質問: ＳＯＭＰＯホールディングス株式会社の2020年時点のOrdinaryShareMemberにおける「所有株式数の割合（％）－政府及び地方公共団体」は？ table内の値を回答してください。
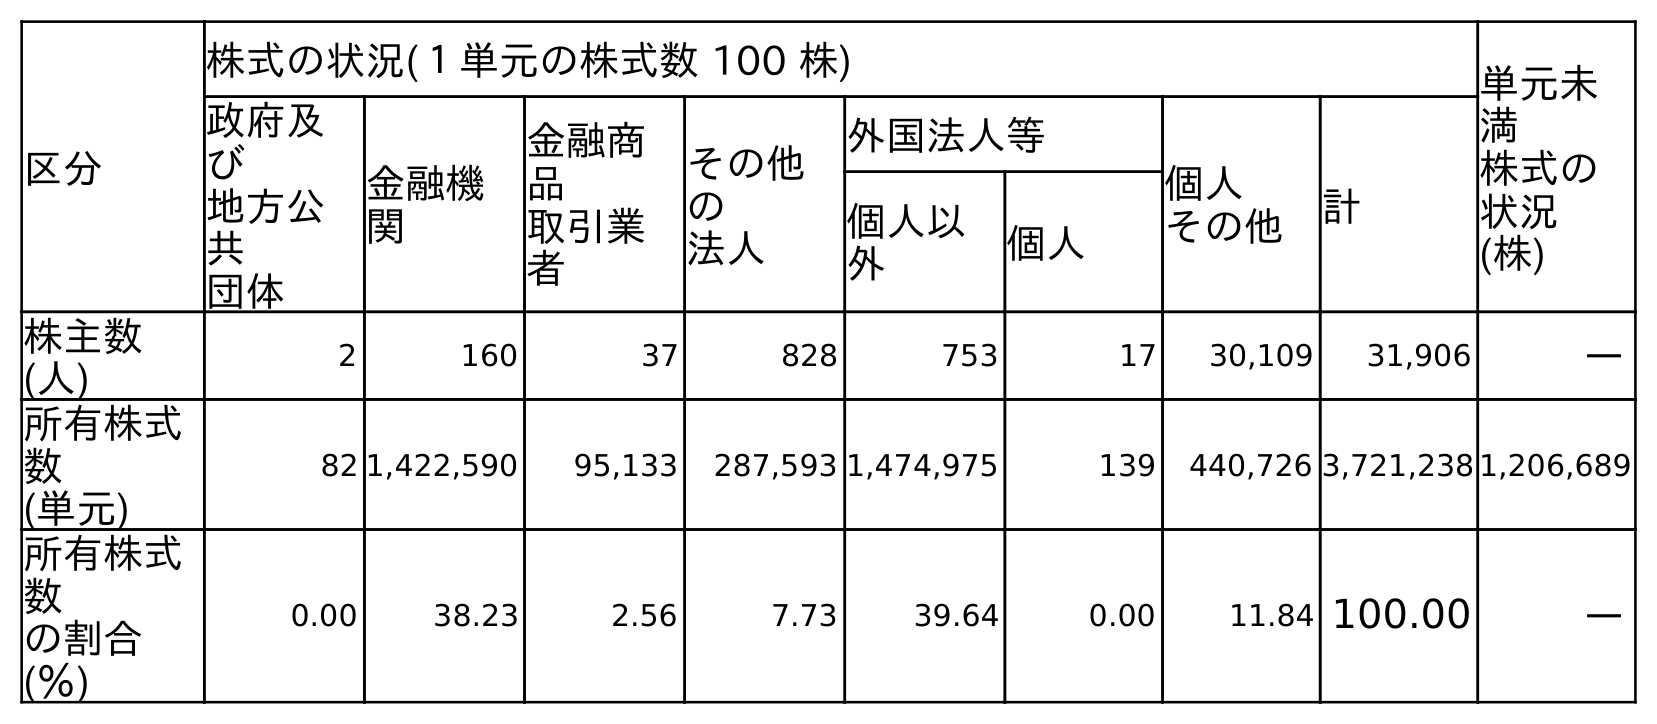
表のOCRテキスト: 区分 株式の状況(１単元の株式数 100 株) 単元未 満 株式の 状況 (株) 政府及 び 地方公 共 団体 金融機 関 金融商 品 取引業 者 その他 の 法人 外国法人等 個人 その他 計 個人以 外 個人 株主数 (人) 2 160 37 828 753 17 30,109 31,906 ― 所有株式 数 (単元) 82 1,422,590 95,133 287,593 1,474,975 139 440,726 3,721,238 1,206,689 所有株式 数 の割合 (％) 0.00 38.23 2.56 7.73 39.64 0.00 11.84 100.00 ―
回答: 0.00